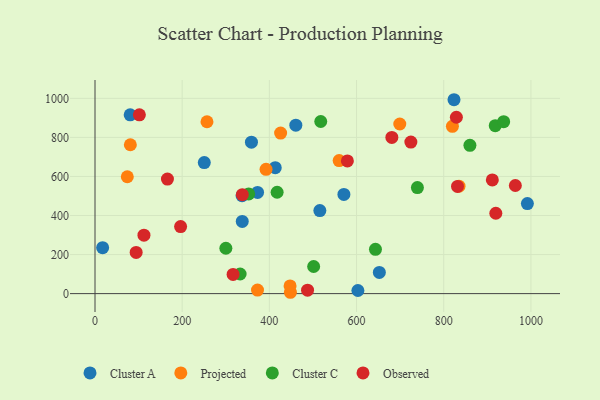
{"axis": {"x": "Ad Spend", "y": "Rating"}, "legend": ["Cluster A", "Cluster C", "Observed", "Projected"], "data": [{"x": "337.8", "y": 369.7, "type": "Cluster A"}, {"x": "571.0", "y": 507.9, "type": "Cluster A"}, {"x": "460.7", "y": 862.9, "type": "Cluster A"}, {"x": "358.9", "y": 775.6, "type": "Cluster A"}, {"x": "652.3", "y": 108.7, "type": "Cluster A"}, {"x": "515.8", "y": 425.1, "type": "Cluster A"}, {"x": "823.6", "y": 993.0, "type": "Cluster A"}, {"x": "413.5", "y": 644.9, "type": "Cluster A"}, {"x": "250.7", "y": 670.9, "type": "Cluster A"}, {"x": "80.7", "y": 915.6, "type": "Cluster A"}, {"x": "17.5", "y": 235.2, "type": "Cluster A"}, {"x": "372.9", "y": 518.4, "type": "Cluster A"}, {"x": "991.9", "y": 461.2, "type": "Cluster A"}, {"x": "337.4", "y": 501.8, "type": "Cluster A"}, {"x": "603.1", "y": 16.1, "type": "Cluster A"}, {"x": "560.1", "y": 681.5, "type": "Projected"}, {"x": "256.9", "y": 880.1, "type": "Projected"}, {"x": "425.8", "y": 822.0, "type": "Projected"}, {"x": "448.3", "y": 6.9, "type": "Projected"}, {"x": "835.1", "y": 550.3, "type": "Projected"}, {"x": "81.1", "y": 762.4, "type": "Projected"}, {"x": "392.4", "y": 636.6, "type": "Projected"}, {"x": "74.1", "y": 598.6, "type": "Projected"}, {"x": "372.8", "y": 18.2, "type": "Projected"}, {"x": "699.2", "y": 868.7, "type": "Projected"}, {"x": "819.9", "y": 857.0, "type": "Projected"}, {"x": "447.5", "y": 39.6, "type": "Projected"}, {"x": "300.2", "y": 232.3, "type": "Cluster C"}, {"x": "417.8", "y": 519.1, "type": "Cluster C"}, {"x": "352.6", "y": 510.6, "type": "Cluster C"}, {"x": "501.6", "y": 138.9, "type": "Cluster C"}, {"x": "918.2", "y": 860.3, "type": "Cluster C"}, {"x": "860.1", "y": 759.5, "type": "Cluster C"}, {"x": "643.4", "y": 226.7, "type": "Cluster C"}, {"x": "739.6", "y": 543.2, "type": "Cluster C"}, {"x": "332.9", "y": 100.5, "type": "Cluster C"}, {"x": "517.9", "y": 881.6, "type": "Cluster C"}, {"x": "937.5", "y": 880.4, "type": "Cluster C"}, {"x": "964.3", "y": 553.8, "type": "Observed"}, {"x": "316.8", "y": 98.3, "type": "Observed"}, {"x": "911.5", "y": 582.4, "type": "Observed"}, {"x": "579.0", "y": 679.8, "type": "Observed"}, {"x": "196.4", "y": 343.2, "type": "Observed"}, {"x": "166.2", "y": 586.7, "type": "Observed"}, {"x": "831.6", "y": 549.1, "type": "Observed"}, {"x": "338.0", "y": 506.5, "type": "Observed"}, {"x": "94.4", "y": 211.1, "type": "Observed"}, {"x": "829.0", "y": 903.2, "type": "Observed"}, {"x": "919.5", "y": 411.5, "type": "Observed"}, {"x": "112.3", "y": 299.3, "type": "Observed"}, {"x": "724.6", "y": 776.3, "type": "Observed"}, {"x": "487.6", "y": 17.5, "type": "Observed"}, {"x": "681.0", "y": 799.7, "type": "Observed"}, {"x": "101.8", "y": 915.8, "type": "Observed"}]}